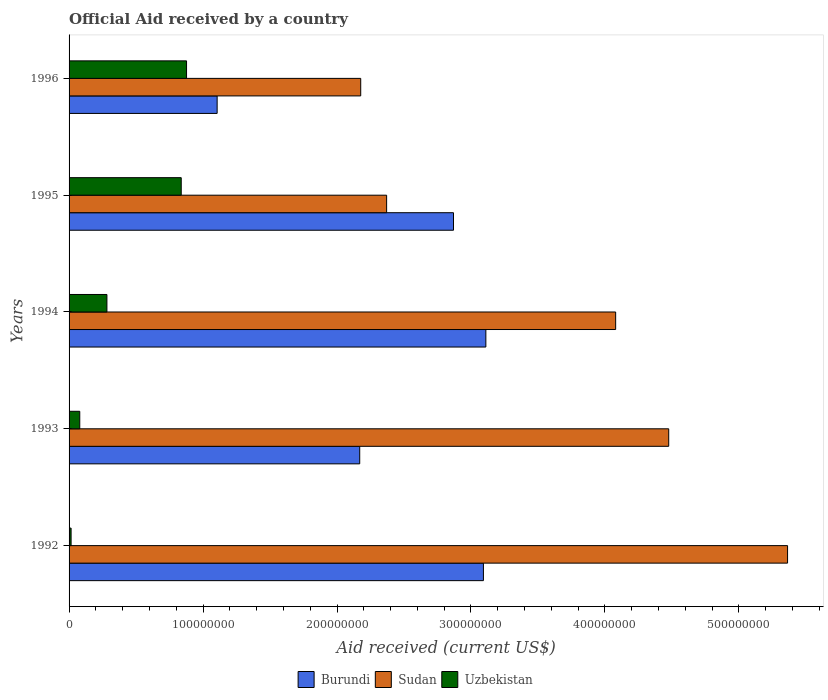
| Years | Burundi | Sudan | Uzbekistan |
 | --- | --- | --- | --- |
 | 1992 | 3.09e+08 | 5.36e+08 | 1.51e+06 |
 | 1993 | 2.17e+08 | 4.48e+08 | 7.98e+06 |
 | 1994 | 3.11e+08 | 4.08e+08 | 2.82e+07 |
 | 1995 | 2.87e+08 | 2.37e+08 | 8.37e+07 |
 | 1996 | 1.11e+08 | 2.18e+08 | 8.77e+07 |